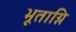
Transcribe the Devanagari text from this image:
भूताग्नि